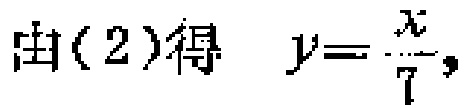
由(2)得 \(y = \frac{x}{7},\)